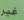
غير